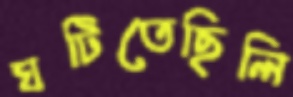
ঘটিতেছিলি